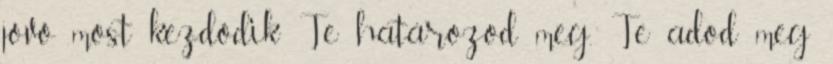
jövő most kezdődik Te határozod meg. Te adod meg